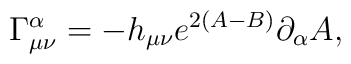
\Gamma^{\alpha}_{\mu\nu}=-h_{\mu\nu}e^{2(A-B)}\partial_{\alpha }A,